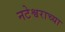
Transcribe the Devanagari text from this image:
नटेश्वराच्या